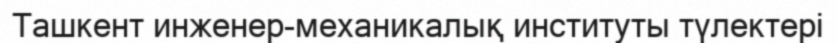
Ташкент инженер-механикалық институты түлектері